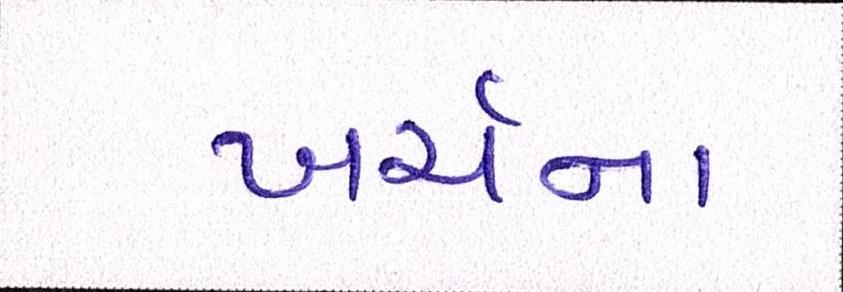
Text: ખર્ચના